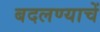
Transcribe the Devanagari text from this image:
बदलण्याचें